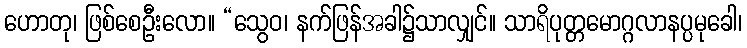
ဟောတု၊ ဖြစ်စေဦးလော။ “သွေဝ၊ နက်ဖြန်အခါ၌သာလျှင်။ သာရိပုတ္တမောဂ္ဂလာနပ္ပမုခေါ၊